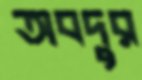
অবদুর